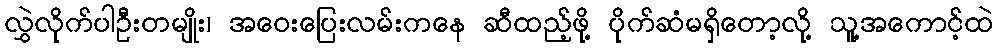
လွှဲလိုက်ပါဦးတမျိုး၊ အဝေးပြေးလမ်းကနေ ဆီထည့်ဖို့ ပိုက်ဆံမရှိတော့လို့ သူ့အကောင့်ထဲ